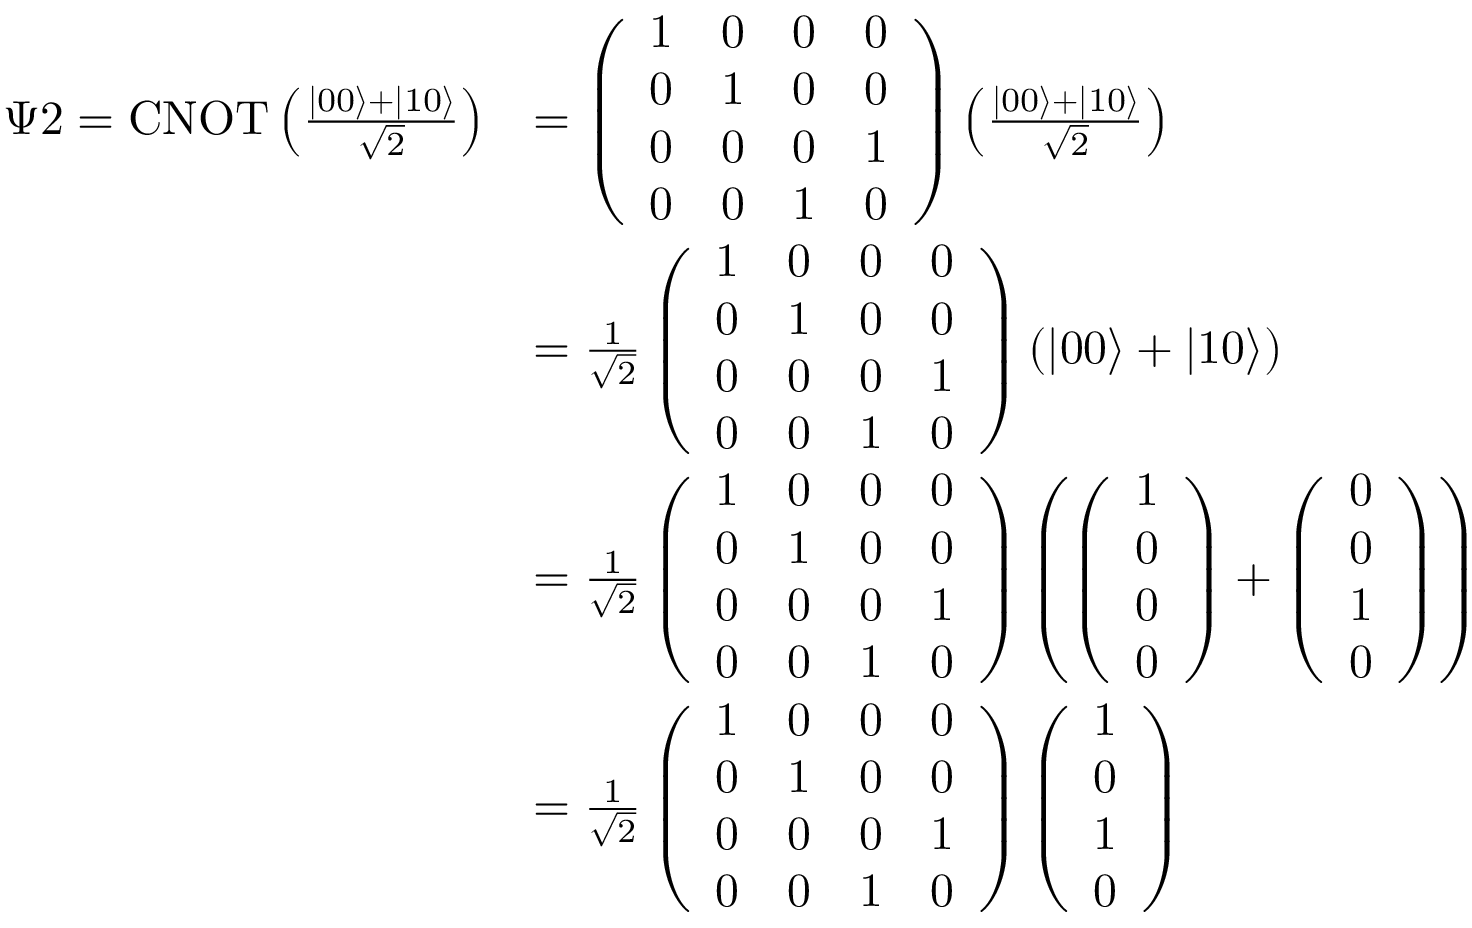
\begin{array} { r l } { \Psi 2 = \operatorname { C N O T } \left( \frac { | 0 0 \rangle + | 1 0 \rangle } { \sqrt { 2 } } \right) } & { = \left( \begin{array} { l l l l } { 1 } & { 0 } & { 0 } & { 0 } \\ { 0 } & { 1 } & { 0 } & { 0 } \\ { 0 } & { 0 } & { 0 } & { 1 } \\ { 0 } & { 0 } & { 1 } & { 0 } \end{array} \right) \left( \frac { | 0 0 \rangle + | 1 0 \rangle } { \sqrt { 2 } } \right) } \\ & { = \frac { 1 } { \sqrt { 2 } } \left( \begin{array} { l l l l } { 1 } & { 0 } & { 0 } & { 0 } \\ { 0 } & { 1 } & { 0 } & { 0 } \\ { 0 } & { 0 } & { 0 } & { 1 } \\ { 0 } & { 0 } & { 1 } & { 0 } \end{array} \right) ( | 0 0 \rangle + | 1 0 \rangle ) } \\ & { = \frac { 1 } { \sqrt { 2 } } \left( \begin{array} { l l l l } { 1 } & { 0 } & { 0 } & { 0 } \\ { 0 } & { 1 } & { 0 } & { 0 } \\ { 0 } & { 0 } & { 0 } & { 1 } \\ { 0 } & { 0 } & { 1 } & { 0 } \end{array} \right) \left( \left( \begin{array} { l } { 1 } \\ { 0 } \\ { 0 } \\ { 0 } \end{array} \right) + \left( \begin{array} { l } { 0 } \\ { 0 } \\ { 1 } \\ { 0 } \end{array} \right) \right) } \\ & { = \frac { 1 } { \sqrt { 2 } } \left( \begin{array} { l l l l } { 1 } & { 0 } & { 0 } & { 0 } \\ { 0 } & { 1 } & { 0 } & { 0 } \\ { 0 } & { 0 } & { 0 } & { 1 } \\ { 0 } & { 0 } & { 1 } & { 0 } \end{array} \right) \left( \begin{array} { l } { 1 } \\ { 0 } \\ { 1 } \\ { 0 } \end{array} \right) } \end{array}